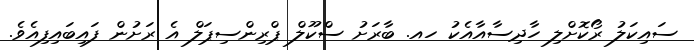
ސައިކަލު ރޯކޮށްލި ހާދިސާއާއެކު ހއ. ބާރަށު ސްކޫލް ޕްރިންސިޕަލް އެ ރަށުން ފައިބައިފިއެވެ.